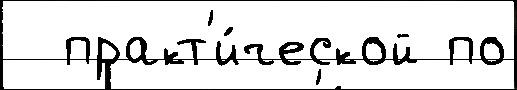
  практ'и́ческой по